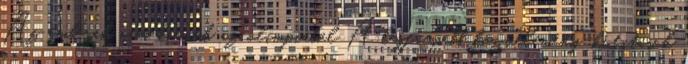
Az emberek nem kérnek az olimpiából A legfrissebb közvélemény-kutatások